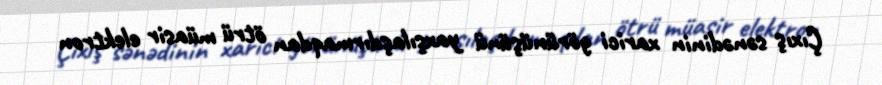
Çıxış sənədinin xarici görünüşünü yaxşılaşdırmaqdan ötrü müasir elektron